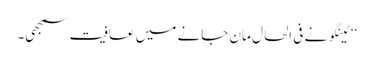
‘‘ ٹینگو نے فی الحال مان جانے میں عافیت سمجھی۔